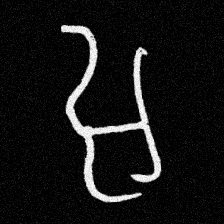
Pyu character \u2014 Myanmar letter: အ (romanized: a)